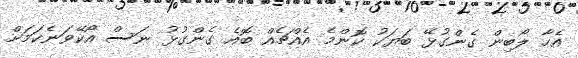
އެހާ ލޯބިން ގެންގުޅޭ ބަޔަކު ކޮންމެ އެއްޗެއް ބޮއެ ގެންގުޅު ނަސް އޯކޭވަނެކަމަށް